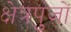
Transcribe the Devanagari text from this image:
क्षेत्रपुंजों